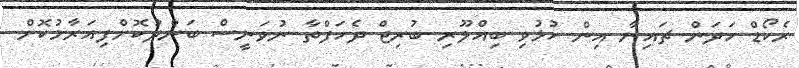
ރެކޯޑް ހަދަން ޗައިނާ އިން ހުޅުވި ބިއްލޫރި ބުރިޖް ދެހަފްތާ ނުވަނީސް ބަންދުކޮށްފިއަރާމުކޮށް